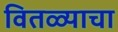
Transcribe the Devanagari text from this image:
वितळ्याचा